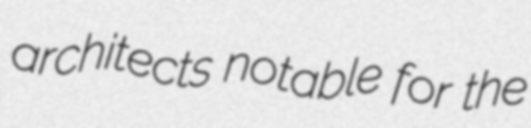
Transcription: architects notable for the